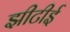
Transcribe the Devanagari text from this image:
झीटीई